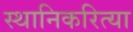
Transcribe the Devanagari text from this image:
स्थानिकरित्या